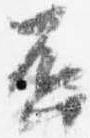
否